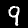
Digit: 9